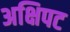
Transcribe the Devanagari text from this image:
अक्षिपट